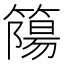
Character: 𥳜